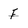
Character: f